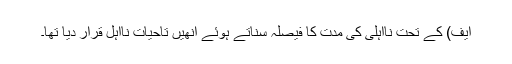
ایف) کے تحت نااہلی کی مدت کا فیصلہ سناتے ہوئے انھیں تاحیات نااہل قرار دیا تھا۔